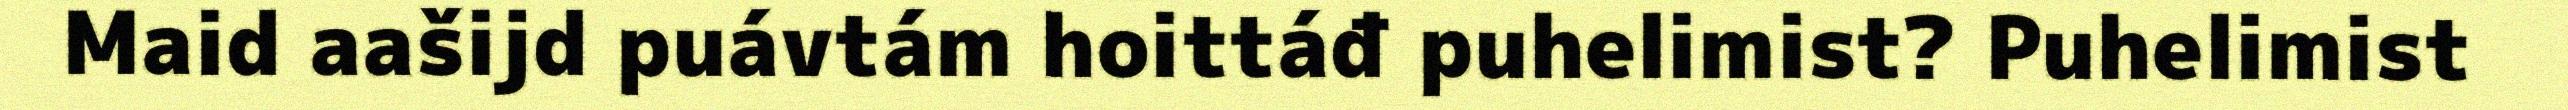
Maid aašijd puávtám hoittáđ puhelimist? Puhelimist